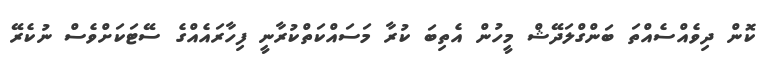
ކޮން ދިވެއްސެއްތަ ބަންގްލަދޭޝް މީހުން އެތިބަ ކުރާ މަސައްކަތްކުރާނީ ފިހާރައެއްގެ ސޭޓަކަށްވެސް ނުކެރޭ